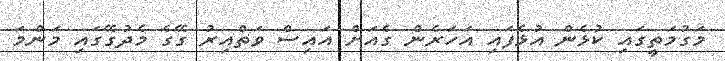
މަގުމަތީގައި ކުޅެން އުޅެފައި އަހަރެން ގެއަށް އައިސް ވަތްއިރު ގޭގެ މެދުގޭގައި މަންމަ